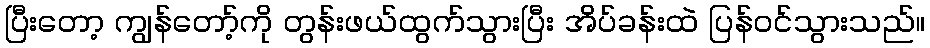
ပြီးတော့ ကျွန်တော့်ကို တွန်းဖယ်ထွက်သွားပြီး အိပ်ခန်းထဲ ပြန်ဝင်သွားသည်။